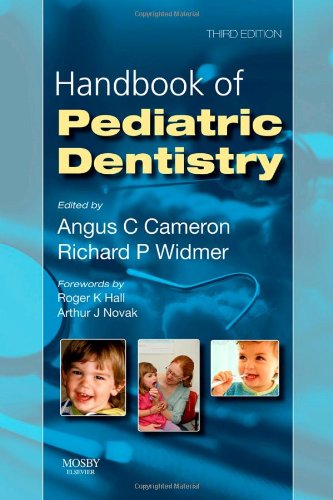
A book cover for Handbook of Pediatric Dentistry, 3e; Angus C. Cameron BDS (Hons) MDSc (Syd) FDSRCS(Eng) FRACDS FICD; Medical Books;